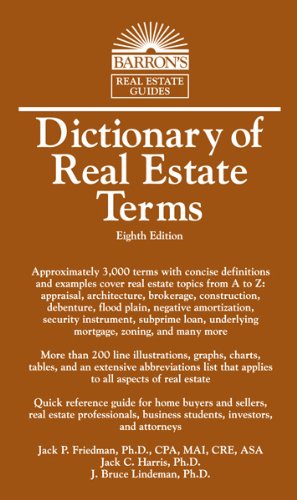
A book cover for Dictionary of Real Estate Terms (Barron's Business Dictionaries); Jack P. Friedman Ph.D.; Business & Money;